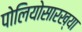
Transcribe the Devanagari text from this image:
पोलियोसारख्या